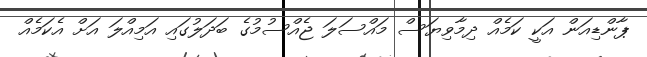
ޕާންޑިއަން އަކީ ކަމެއް ދިމާވިޔަސް މައްސަލަ ޖެއްސުމުގެ ބަދަލުގައި އަމިއްލަ އަށް އެކަމެއް